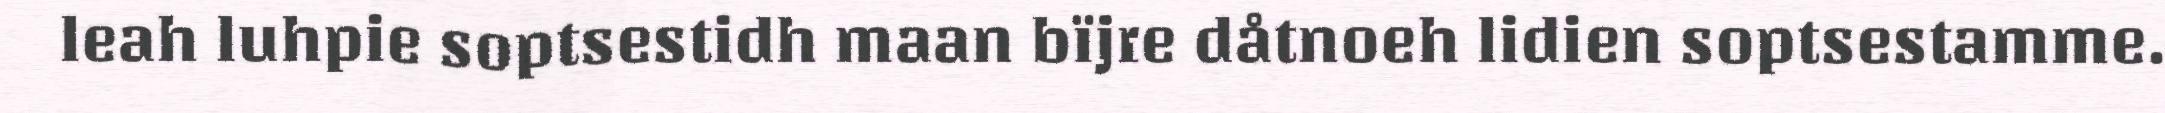
leah luhpie soptsestidh maan bïjre dåtnoeh lidien soptsestamme.